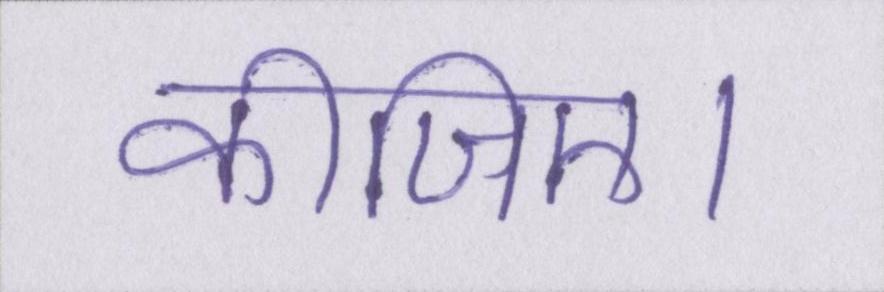
कीजिए।